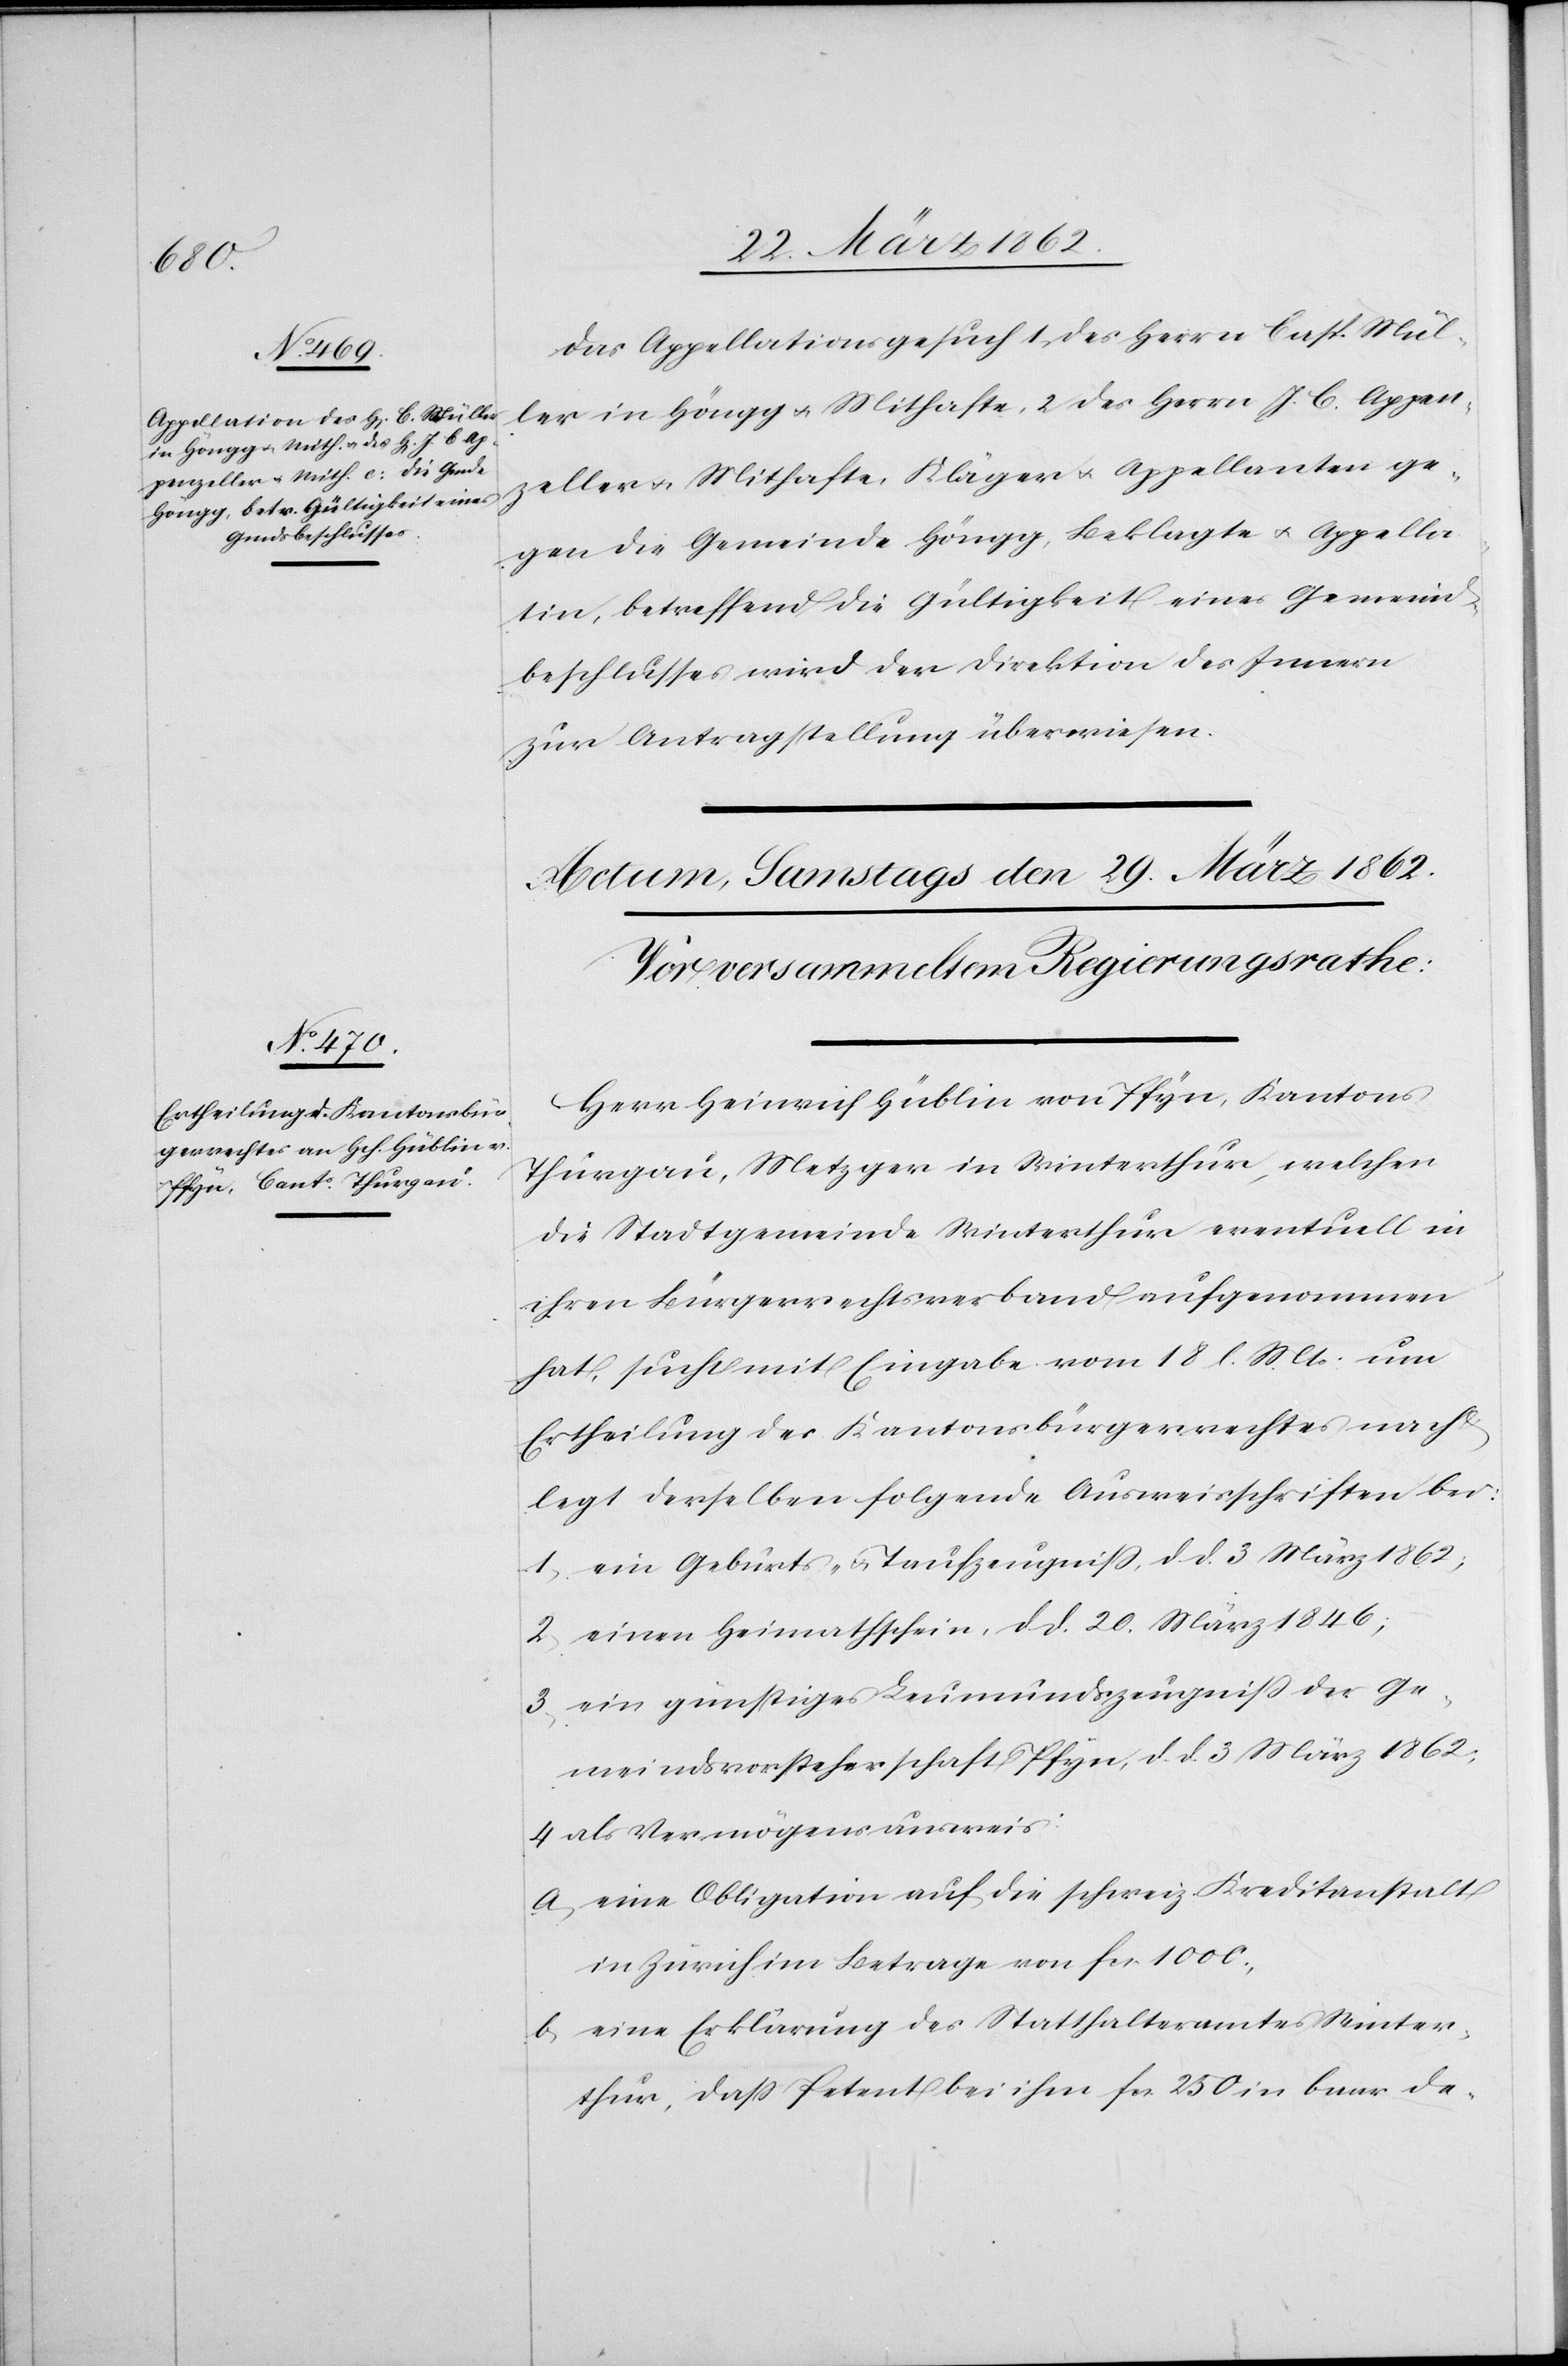
1862.]

Das Appellationsgesuch 1) des Herrn Casp. Mül¬
ler in Höngg u. Mithafte, 2) des Herrn J. C. Appen¬
zeller u. Mithafte, Kläger u. Appellanten ge¬
gen die Gemeinde Höngg, Beklagte u. Appella¬
tin, betreffend die Gültigkeit eines Gemeind¬
beschlusses wird der Direktion des Innern
zur Antragstellung überwiesen.
Herr Heinrich Hüblin von Pfyn, Kantons
Thurgau, Metzger in Winterthur, welchen
die Stadtgemeinde Winterthur eventuell in
ihren Bürgerrechtsverband aufgenommen
hat, sucht mit Eingabe vom 18 l. Mts. um
Ertheilung des Kantonsbürgerrechtes nach
legt derselben folgende Ausweisschriften bei:
1) ein Geburts- u. Taufzeugniß, d. d. 3 März 1862;
2) einen Heimathschein, d. d. 20. März 1846;
3) ein günstiges Leumundszeugniß der Ge¬
meindsvorsteherschaft Pfyn, d. d. 3 März 1862;
4) als Vermögensausweis:
a) eine Obligation auf die schweiz. Kreditanstalt
in Zürich im Betrage von fcs. 1000.,
b) eine Erklärung des Statthalteramtes Winter¬
thur, daß Petent bei ihm fcs. 250 in baar de-